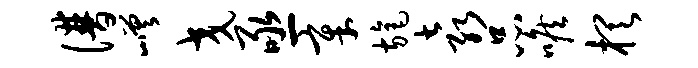
谱嵯交亟章旄袁品喉棋